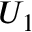
U _ { 1 }